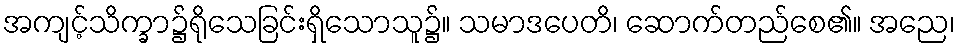
အကျင့်သိက္ခာ၌ရိုသေခြင်းရှိသောသူ၌။ သမာဒပေတိ၊ ဆောက်တည်စေ၏။ အညေ၊